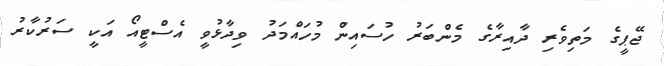
ޖޭޕީގެ މަތިވެރި ދާއިރާގެ މެންބަރު ހުސައިން މުހައްމަދު ވިދާޅުވީ އެސްޓީއޯ އަކީ ސަރުކާރު